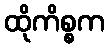
ထိုကိစ္စက